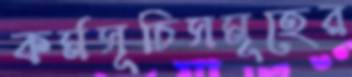
কর্মসূচিসমূহের